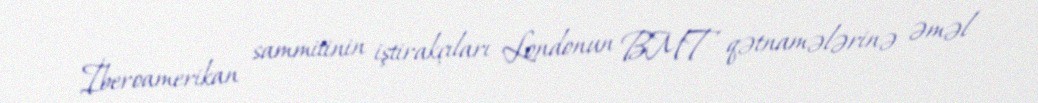
İberoamerikan sammitinin iştirakçıları Londonun BMT qətnamələrinə əməl